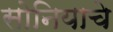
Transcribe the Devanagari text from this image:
सोनियाचे